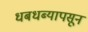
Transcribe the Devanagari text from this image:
धबधब्यापसून